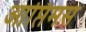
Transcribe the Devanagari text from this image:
आप्तिमस